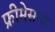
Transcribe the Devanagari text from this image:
फ्रीमेसन्स